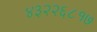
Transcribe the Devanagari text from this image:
४३२२६८१७